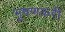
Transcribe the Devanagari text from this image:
भूषणकरी